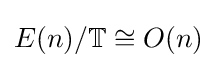
E(n)/\mathbb {T} \cong O(n)